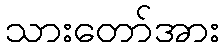
သားတော်အား